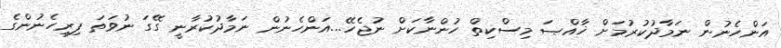
އަންހެނުން ނަމާދުކުރުމަށް ޚާއްޞަ މިސްކިތް ހުންނާކަށް ނުޖެހޭ...އަންހެނުން ނަމާދުކުރާނީ ގޭގަ ނުވަތަ ފިރިހެނުންގެ